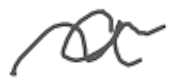
Text: a
Cross-out: wave
Writing tool: digital_gray